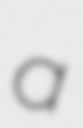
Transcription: a